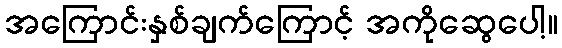
အကြောင်းနှစ်ချက်ကြောင့် အကိုဆွေပေါ့။